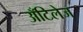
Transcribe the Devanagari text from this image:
अँटिलेज